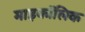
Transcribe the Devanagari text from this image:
माइकॉलिक